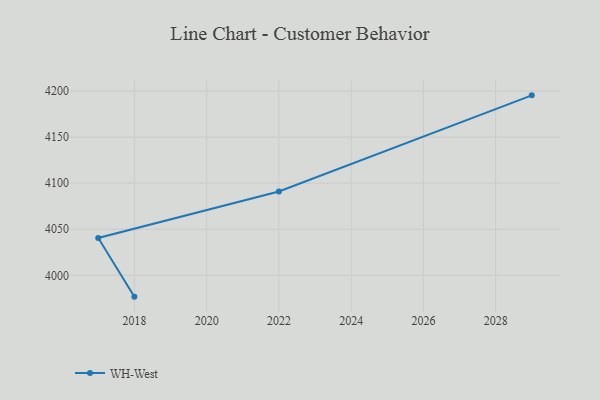
{"axis": {"x": "Year", "y": "Operating Costs (USD K)"}, "legend": ["WH-West"], "data": [{"x": "2018", "y": 3976.9, "type": "WH-West"}, {"x": "2017", "y": 4040.6, "type": "WH-West"}, {"x": "2022", "y": 4091.0, "type": "WH-West"}, {"x": "2029", "y": 4195.3, "type": "WH-West"}]}